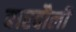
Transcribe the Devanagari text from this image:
बारदौली